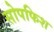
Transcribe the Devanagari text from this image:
सोपफिश